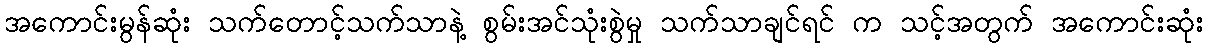
အကောင်းမွန်ဆုံး သက်တောင့်သက်သာနဲ့ စွမ်းအင်သုံးစွဲမှု သက်သာချင်ရင် က သင့်အတွက် အကောင်းဆုံး